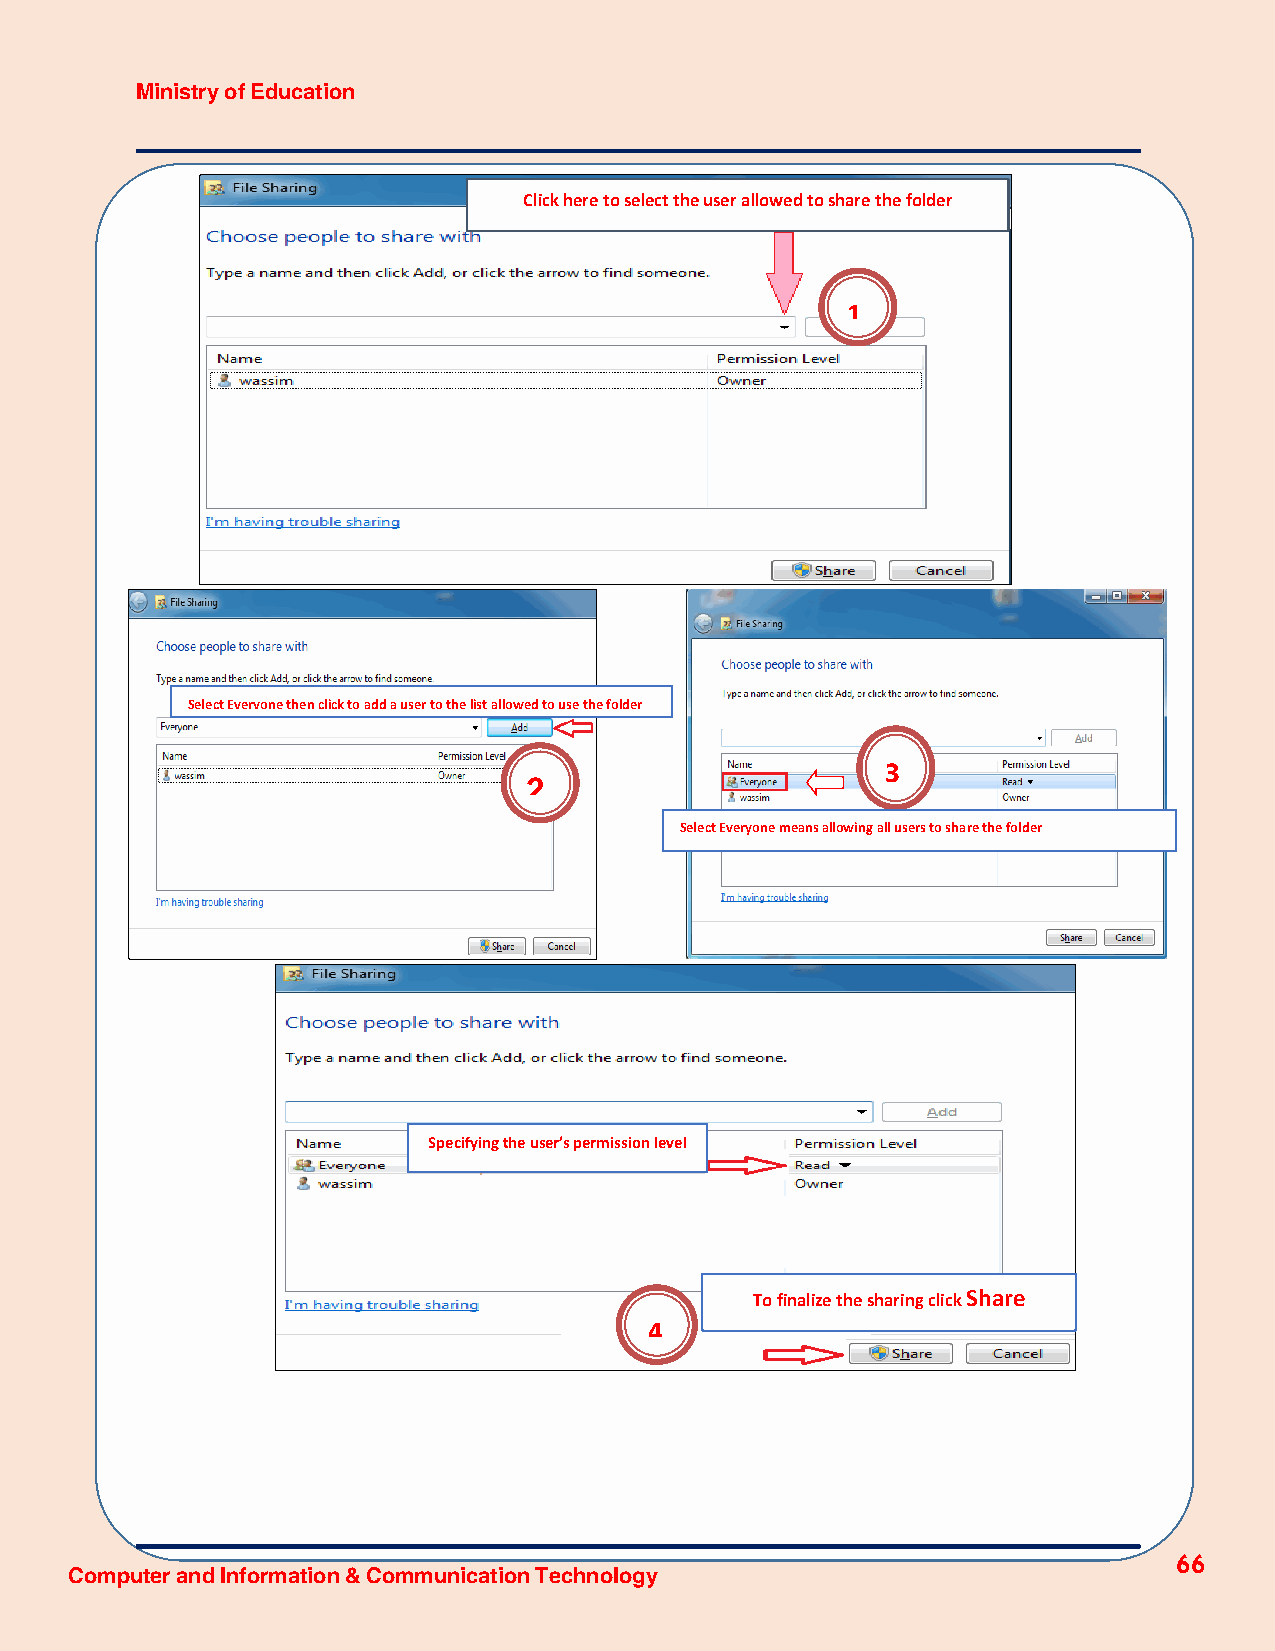
Ministry of Education
 Click here to select the user allowed to share the folder
 1
 Select Everyone then click to add a user to the list allowed to use the folder
 3
 2
 Select Everyone means allowing all users to share the folder
 Specifying the user’s permission level
 To finalize the sharing click Share
 4
 66
 Computer and Information & Communication Technology